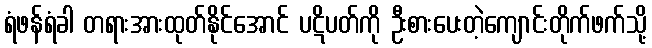
ရံဖန်ရံခါ တရားအားထုတ်နိုင်အောင် ပဋိပတ်ကို ဦးစားပေးတဲ့ကျောင်းတိုက်ဖက်သို့